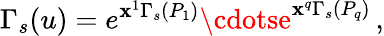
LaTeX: \Gamma_{s}(u)=e^{\mathbf{x}^{1}\Gamma_{s}(P_{1})}\cdotse^{\mathbf{x}^{q}\Gamma_{s}(P_{q})}\, ,